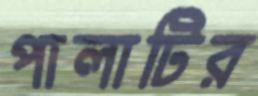
পালাটির